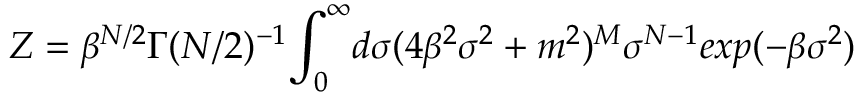
Z = \beta ^ { N / 2 } \Gamma ( N / 2 ) ^ { - 1 } { \LARGE \int _ { 0 } ^ { \infty } } d \sigma ( 4 \beta ^ { 2 } \sigma ^ { 2 } + m ^ { 2 } ) ^ { M } \sigma ^ { N - 1 } e x p ( - \beta \sigma ^ { 2 } )